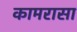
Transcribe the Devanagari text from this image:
कामरासा